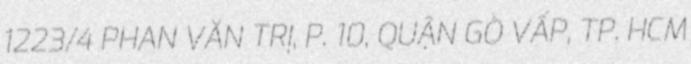
1223/4 PHAN VĂN TRỊ, P. 10, QUẬN GÒ VẤP, TP. HCM